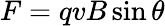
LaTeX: F=qvB\sin\theta